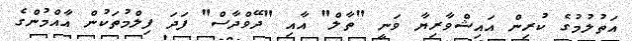
އަތުލުމުގެ ކުރިން އައިޝްވާރިޔާ ވަނީ "ތާލް" އާއި "ދޭވްދާސް" ފަދަ ފިލްމުތަކުން އާއްމުންގެ